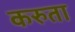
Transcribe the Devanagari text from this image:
करुता